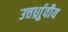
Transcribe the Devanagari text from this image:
उत्तर्ध्राुवीय